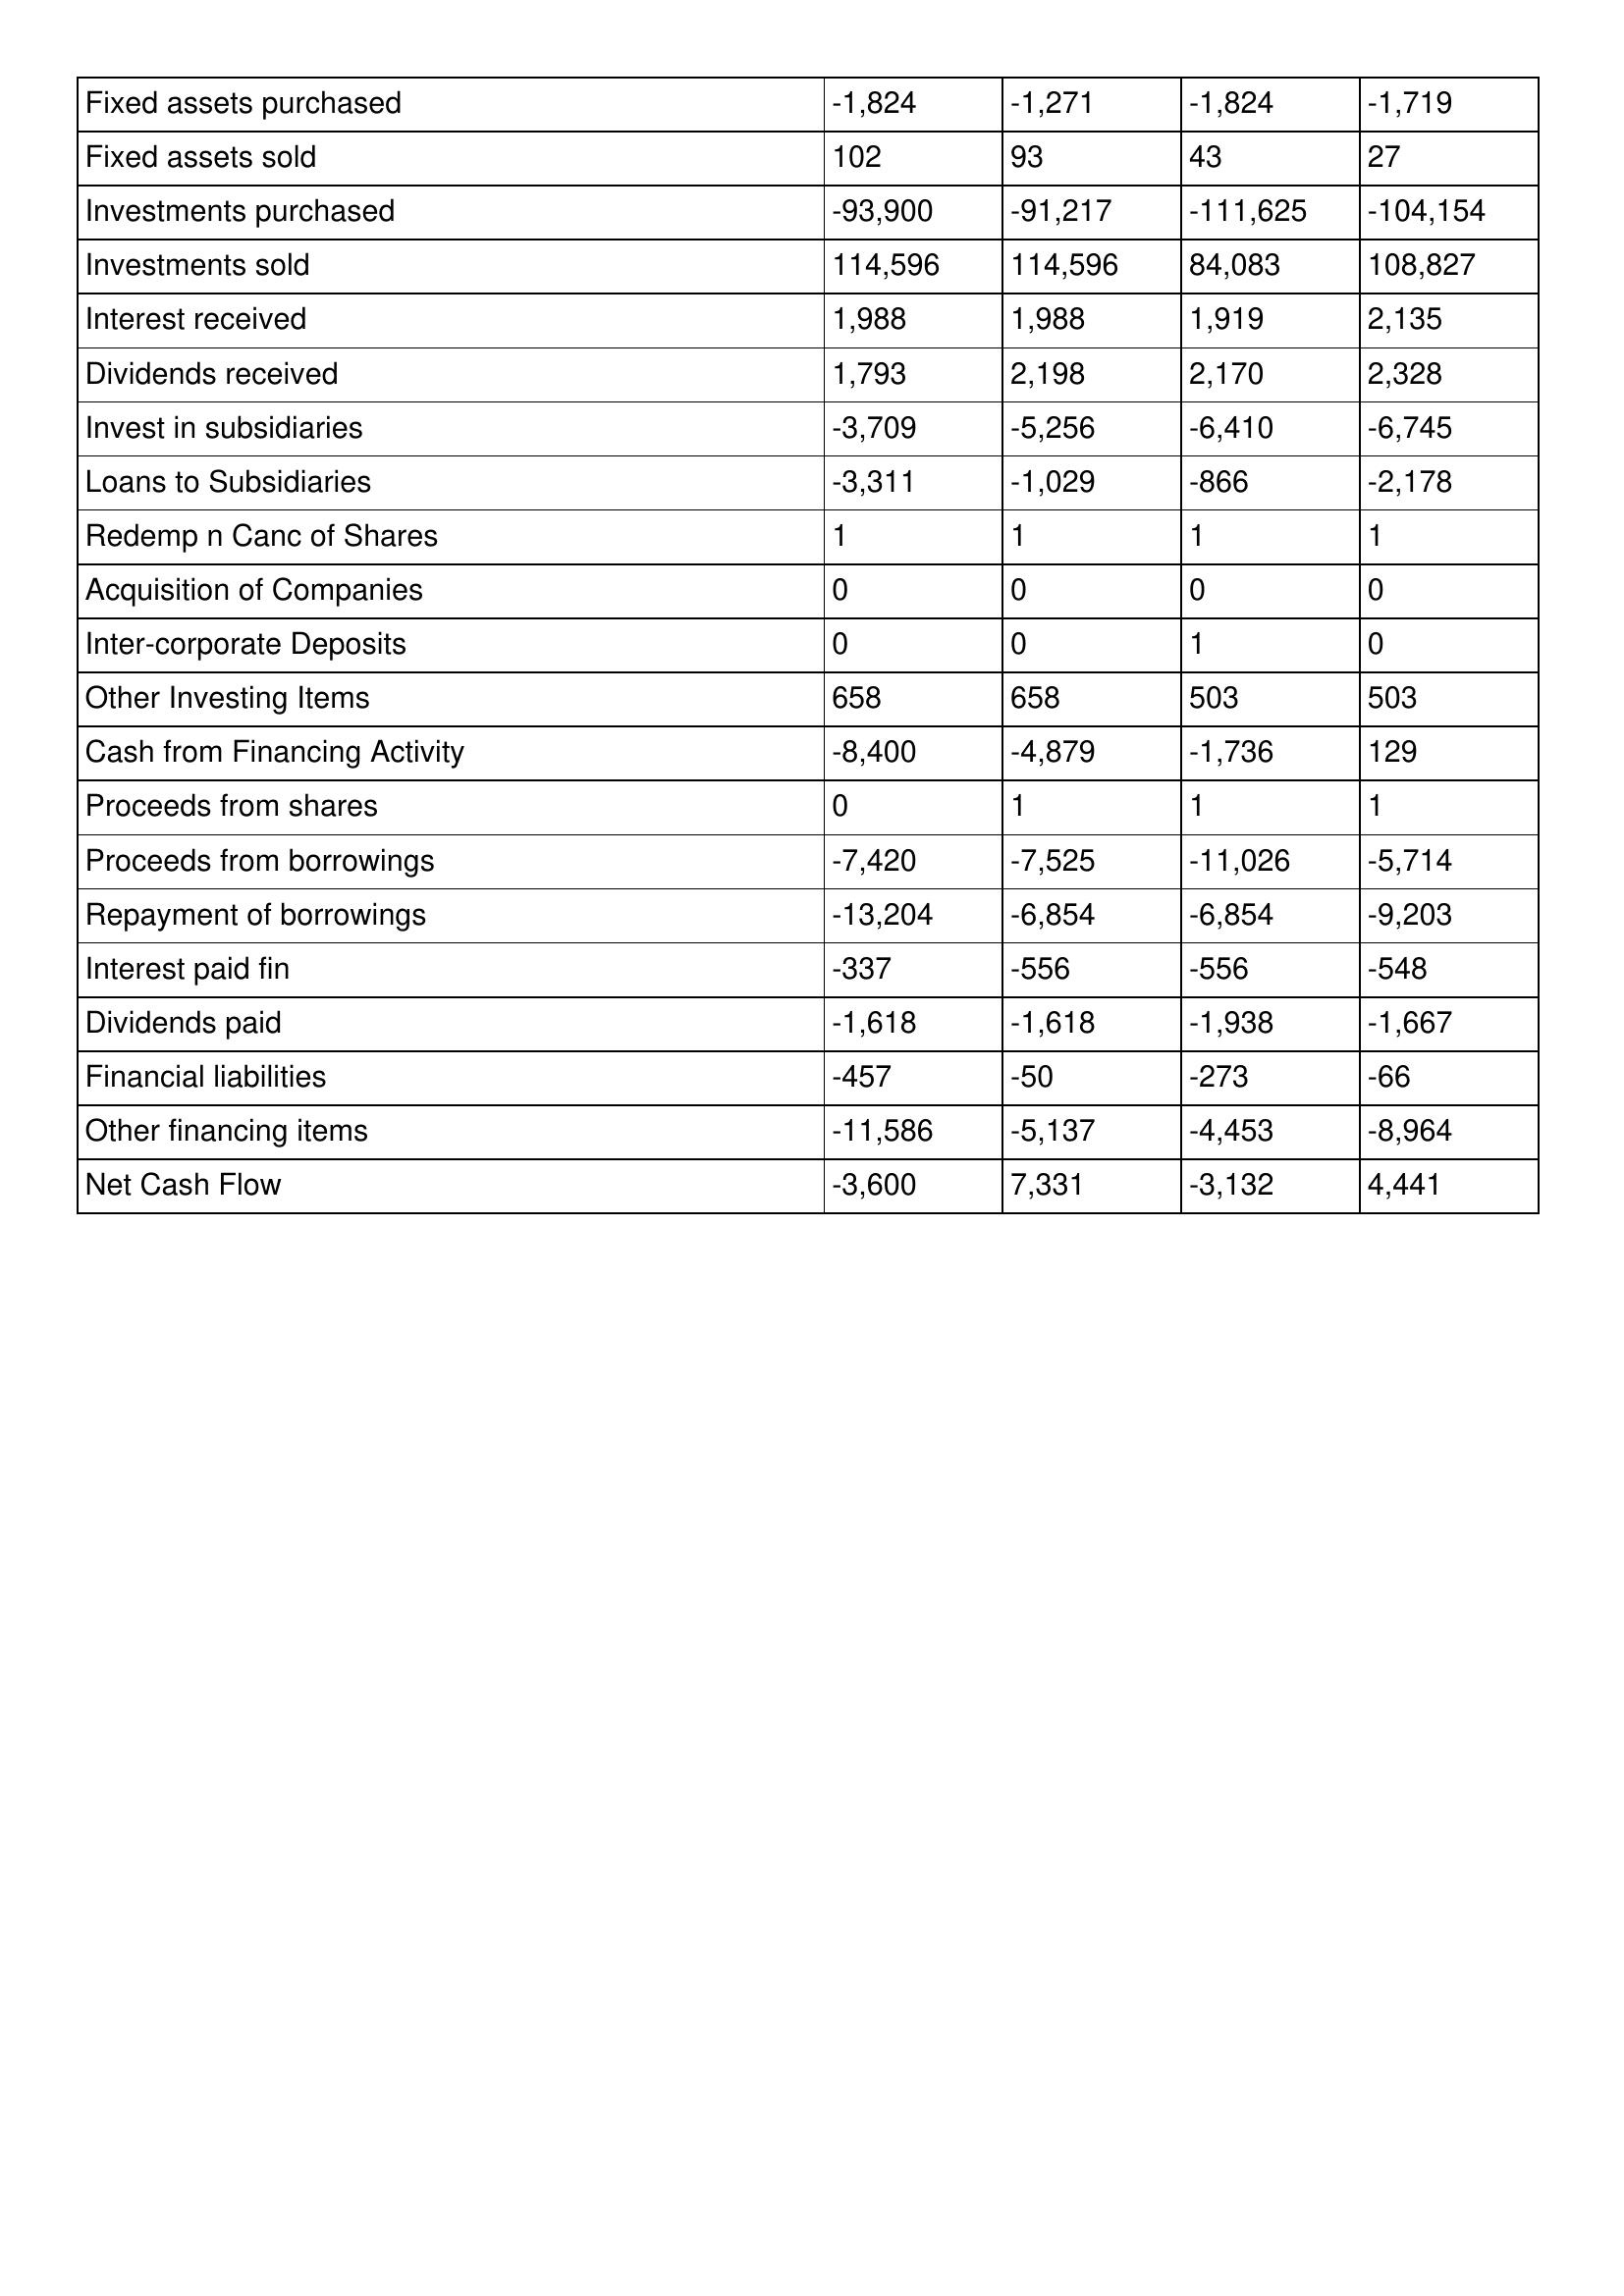
gt_parse: 2014: Cash Flows: Fixed assets purchased: -1,824
Fixed assets sold: 102
Investments purchased: -93,900
Investments sold: 114,596
Interest received: 1,988
Dividends received: 1,793
Invest in subsidiaries: -3,709
Loans to Subsidiaries: -3,311
Redemp n Canc of Shares: 1
Acquisition of Companies: 0
Inter-corporate Deposits: 0
Other Investing Items: 658
Cash from Financing Activity: -8,400
Proceeds from shares: 0
Proceeds from borrowings: -7,420
Repayment of borrowings: -13,204
Interest paid fin: -337
Dividends paid: -1,618
Financial liabilities: -457
Other financing items: -11,586
Net Cash Flow: -3,600
2013: Cash Flows: Fixed assets purchased: -1,271
Fixed assets sold: 93
Investments purchased: -91,217
Investments sold: 114,596
Interest received: 1,988
Dividends received: 2,198
Invest in subsidiaries: -5,256
Loans to Subsidiaries: -1,029
Redemp n Canc of Shares: 1
Acquisition of Companies: 0
Inter-corporate Deposits: 0
Other Investing Items: 658
Cash from Financing Activity: -4,879
Proceeds from shares: 1
Proceeds from borrowings: -7,525
Repayment of borrowings: -6,854
Interest paid fin: -556
Dividends paid: -1,618
Financial liabilities: -50
Other financing items: -5,137
Net Cash Flow: 7,331
2012: Cash Flows: Fixed assets purchased: -1,824
Fixed assets sold: 43
Investments purchased: -111,625
Investments sold: 84,083
Interest received: 1,919
Dividends received: 2,170
Invest in subsidiaries: -6,410
Loans to Subsidiaries: -866
Redemp n Canc of Shares: 1
Acquisition of Companies: 0
Inter-corporate Deposits: 1
Other Investing Items: 503
Cash from Financing Activity: -1,736
Proceeds from shares: 1
Proceeds from borrowings: -11,026
Repayment of borrowings: -6,854
Interest paid fin: -556
Dividends paid: -1,938
Financial liabilities: -273
Other financing items: -4,453
Net Cash Flow: -3,132
2011: Cash Flows: Fixed assets purchased: -1,719
Fixed assets sold: 27
Investments purchased: -104,154
Investments sold: 108,827
Interest received: 2,135
Dividends received: 2,328
Invest in subsidiaries: -6,745
Loans to Subsidiaries: -2,178
Redemp n Canc of Shares: 1
Acquisition of Companies: 0
Inter-corporate Deposits: 0
Other Investing Items: 503
Cash from Financing Activity: 129
Proceeds from shares: 1
Proceeds from borrowings: -5,714
Repayment of borrowings: -9,203
Interest paid fin: -548
Dividends paid: -1,667
Financial liabilities: -66
Other financing items: -8,964
Net Cash Flow: 4,441